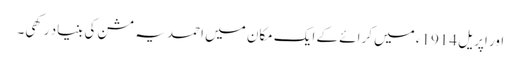
اور اپریل 1914ء میں کرائے کے ایک مکان میں احمدیہ مشن کی بنیاد رکھی۔